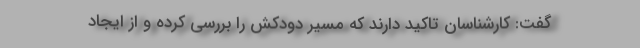
گفت: کارشناسان تاکید دارند که مسیر دودکش را بررسی کرده و از ایجاد